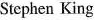
Stephen King